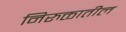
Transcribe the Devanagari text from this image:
निरुक्तातील